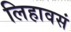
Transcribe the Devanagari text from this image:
लिहावसं